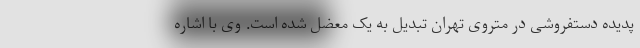
پدیده دستفروشی در متروی تهران تبدیل به یک معضل شده است. وی با اشاره